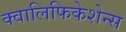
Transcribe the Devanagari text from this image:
क्वालिफिकेशेन्स